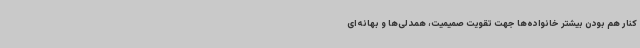
کنار هم بودن بیشتر خانواده‌ها جهت تقویت صمیمیت، همدلی‌ها و بهانه‌ای